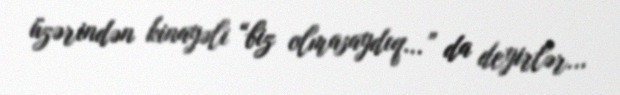
üzərindən kinayəli “biz olmasaydıq...” da deyirlər...